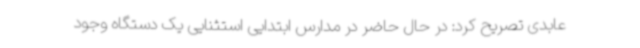
عابدی تصریح کرد: در حال حاضر در مدارس ابتدایی استثنایی یک دستگاه وجود